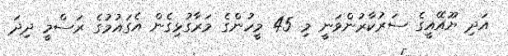
އަދި ޔޫއޭއީގެ ސަރުކާރުންވަނީ މި 45 މީހުންގެ މަރާގުޅިގެން އެގައުމުގެ ރަސްމީ ދިދަ